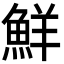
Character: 鮮